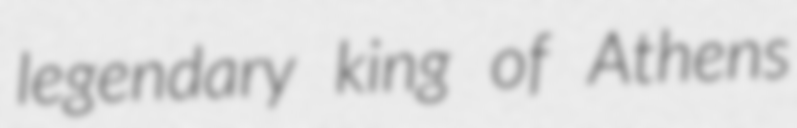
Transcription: legendary king of Athens